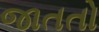
જાતતો